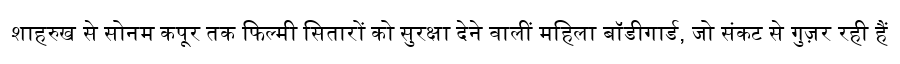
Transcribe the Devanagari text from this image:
शाहरुख से सोनम कपूर तक फिल्मी सितारों को सुरक्षा देने वालीं महिला बॉडीगार्ड, जो संकट से गुज़र रही हैं